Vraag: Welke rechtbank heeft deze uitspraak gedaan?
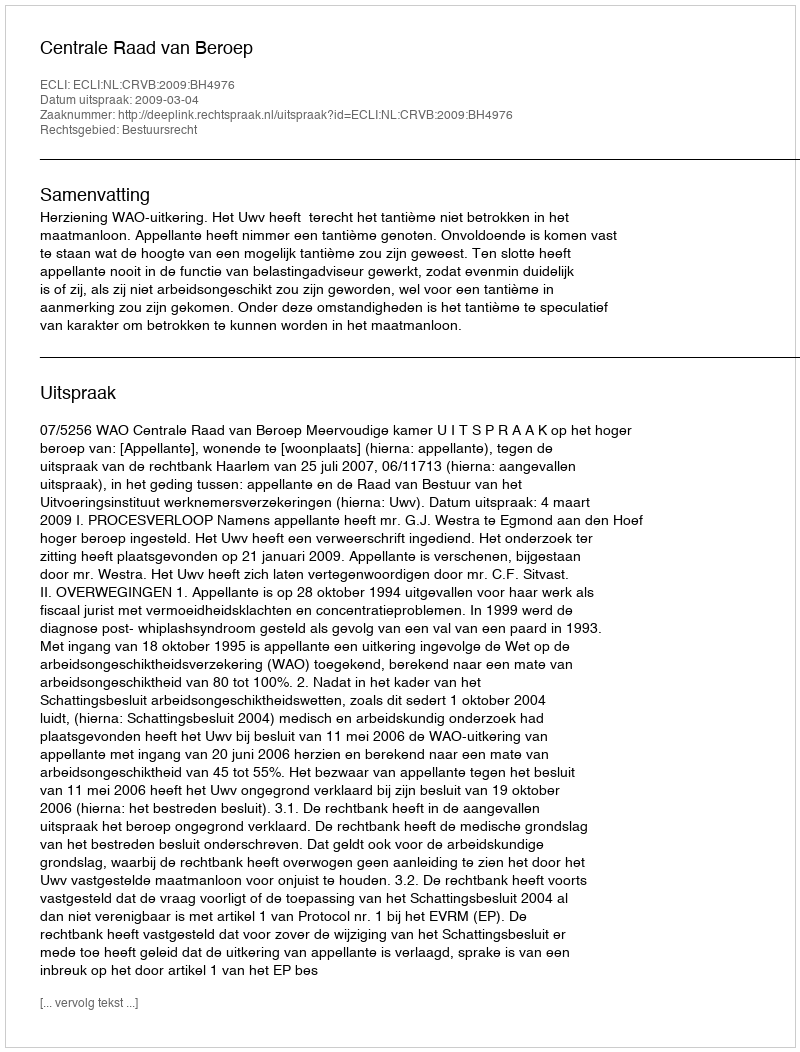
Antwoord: Centrale Raad van Beroep